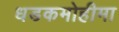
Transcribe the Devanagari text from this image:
धडकमोहीमा